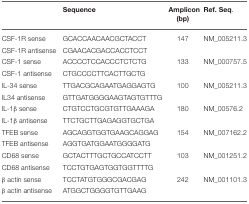
|  | Sequence | Amplicon (bp) | Ref. Seq. |
 | --- | --- | --- | --- |
 | CSF-1R sense | GCACCAACAACGCTACCT | 147 | NM_005211.3 |
 | CSF-1R antisense | CGAACACGACCACCTCCT |  |  |
 | CSF-1 sense | ACCCCTCCACCCTCTCTG | 133 | NM_000757.5 |
 | CSF-1 antisense | CTGCCCCTTCACTTGCTG |  |  |
 | IL-34 sense | TTGACGCAGAATGAGGAGTG | 100 | NM_005211.3 |
 | IL34 antisense | GTTGATGGGGAAGTAGTGTTTG |  |  |
 | IL-1β sense | CTGTCCTGCGTGTTGAAAGA | 180 | NM_00576.2 |
 | IL-1β antisense | TTCTGCTTGAGAGGTGCTGA |  |  |
 | TFEB sense | AGCAGGTGGTGAAGCAGGAG | 154 | NM_007162.2 |
 | TFEB antisense | AGGTGATGGAATGGGGATG |  |  |
 | CD68 sense | GCTACTTTGCTGCCATCCTT | 103 | NM_001251.2 |
 | CD68 antisense | TCCTGTGAGTGGTGGTTTTG |  |  |
 | β actin sense | TCCTATGTGGGCGACGAG | 242 | NM_001101.3 |
 | β actin antisense | ATGGCTGGGGTGTTGAAG |  |  |